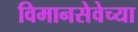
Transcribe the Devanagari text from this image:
विमानसेवेच्या